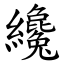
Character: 纔